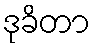
ဒုခိတာ